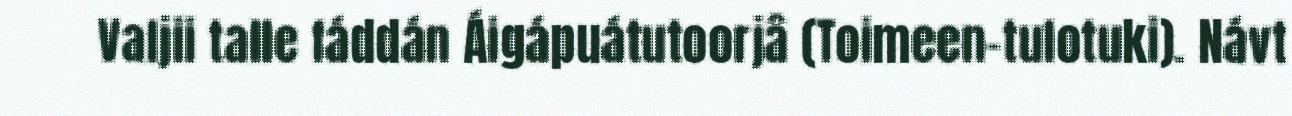
Valjii talle fáddán Áigápuátutoorjâ (Toimeen-tulotuki). Návt